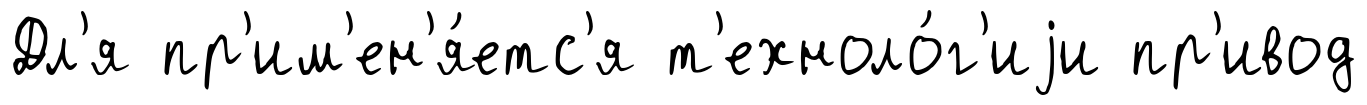
Дл'я пр'им'ен'я́етс'я т'ехноло́г'иjи пр'ивод